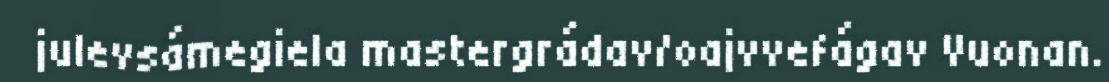
julevsámegiela mastergrádav/oajvvefágav Vuonan.